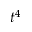
t ^ { 4 }